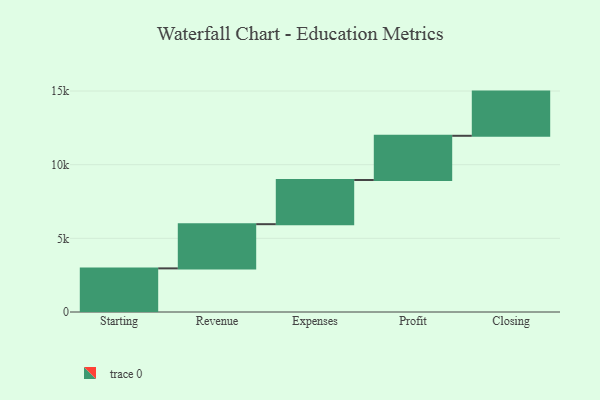
{"axis": {"x": "Step", "y": "Value"}, "legend": [""], "data": [{"x": "Starting", "y": 2961.0, "type": ""}, {"x": "Revenue", "y": 3000, "type": ""}, {"x": "Expenses", "y": 3000, "type": ""}, {"x": "Profit", "y": 3000, "type": ""}, {"x": "Closing", "y": 3000, "type": ""}]}